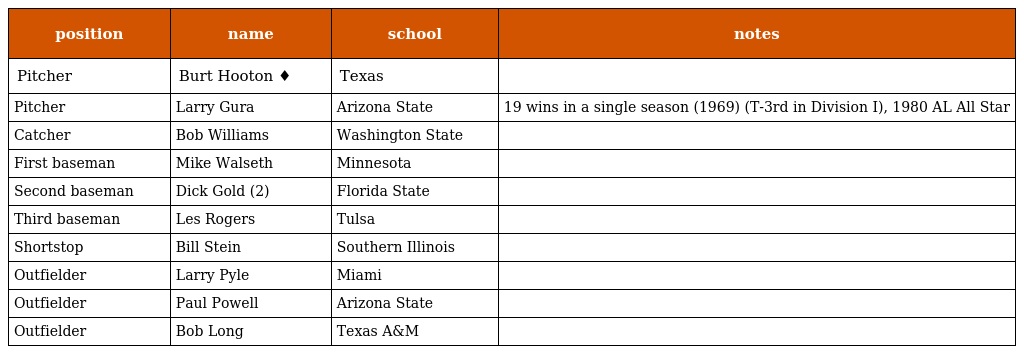
| position | name | school | notes |
 | --- | --- | --- | --- |
 | Pitcher | Burt Hooton ♦ | Texas |  |
 | Pitcher | Larry Gura | Arizona State | 19 wins in a single season (1969) (T-3rd in Division I), 1980 AL All Star |
 | Catcher | Bob Williams | Washington State |  |
 | First baseman | Mike Walseth | Minnesota |  |
 | Second baseman | Dick Gold (2) | Florida State |  |
 | Third baseman | Les Rogers | Tulsa |  |
 | Shortstop | Bill Stein | Southern Illinois |  |
 | Outfielder | Larry Pyle | Miami |  |
 | Outfielder | Paul Powell | Arizona State |  |
 | Outfielder | Bob Long | Texas A&M |  |